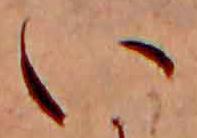
い